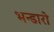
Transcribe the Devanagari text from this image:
भन्डारो